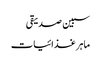
سبین صدیقی
ماہر غذائیات